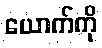
ယောက်ကို